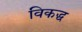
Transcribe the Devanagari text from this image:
विकद्ध